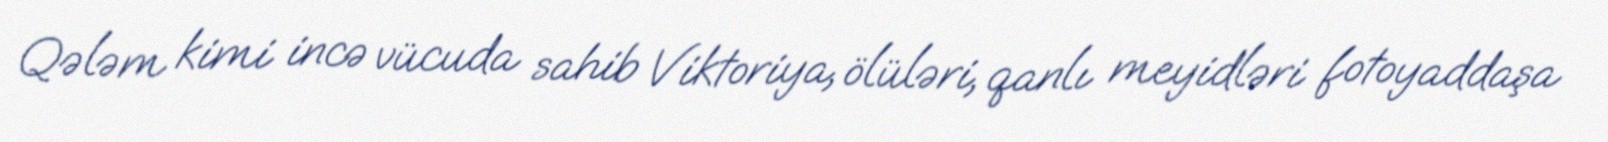
Qələm kimi incə vücuda sahib Viktoriya, ölüləri, qanlı meyidləri fotoyaddaşa